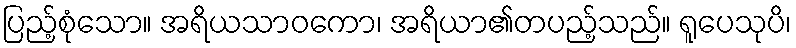
ပြည့်စုံသော။ အရိယသာဝကော၊ အရိယာ၏တပည့်သည်။ ရူပေသုပိ၊